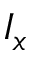
I _ { x }